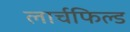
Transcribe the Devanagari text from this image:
लार्चफिल्ड